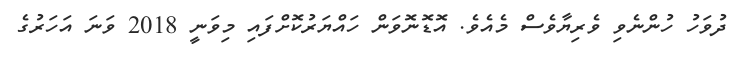
ދުވަހު ހުންނެވި ވެރިޔާވެސް މެއެވެ. އޮޑޮނޮވަން ހައްޔަރުކޮށްފައި މިވަނީ 2018 ވަނަ އަހަރުގެ